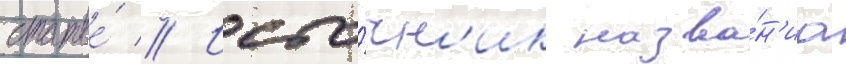
статье́ // Исто́чн'ик назва́н'иа